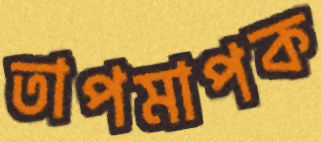
তাপমাপক